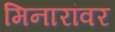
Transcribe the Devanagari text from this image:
मिनारांवर